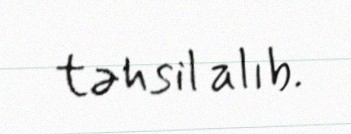
təhsil alıb.